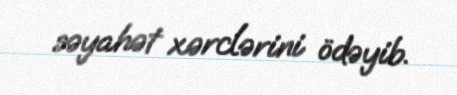
səyahət xərclərini ödəyib.